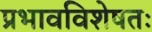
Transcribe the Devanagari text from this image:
प्रभावविशेषतः